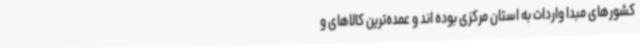
کشورهای مبدا واردات به استان مرکزی بوده اند و عمده‌ترین کالاهای و